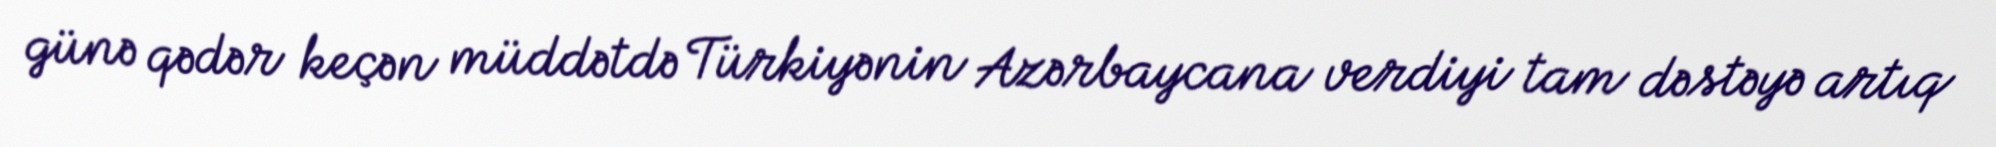
günə qədər keçən müddətdə Türkiyənin Azərbaycana verdiyi tam dəstəyə artıq